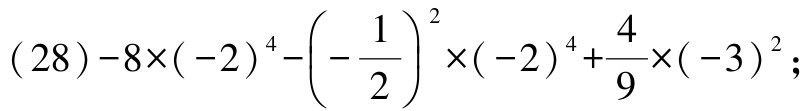
\((28)-8\times(-2)^{4}-\left(-\dfrac{1}{2}\right)^{2}\times(-2)^{4}+\dfrac{4}{9}\times(-3)^{2};\)